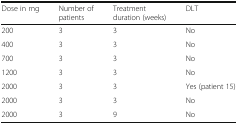
<table><thead><tr><td><b>Dose in mg</b></td><td><b>Number of patients</b></td><td><b>Treatment duration (weeks)</b></td><td><b>DLT</b></td></tr></thead><tbody><tr><td>200</td><td>3</td><td>3</td><td>No</td></tr><tr><td>400</td><td>3</td><td>3</td><td>No</td></tr><tr><td>700</td><td>3</td><td>3</td><td>No</td></tr><tr><td>1200</td><td>3</td><td>3</td><td>No</td></tr><tr><td>2000</td><td>3</td><td>3</td><td>Yes (patient 15)</td></tr><tr><td>2000</td><td>3</td><td>3</td><td>No</td></tr><tr><td>2000</td><td>3</td><td>9</td><td>No</td></tr></tbody></table>